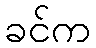
ခင်က